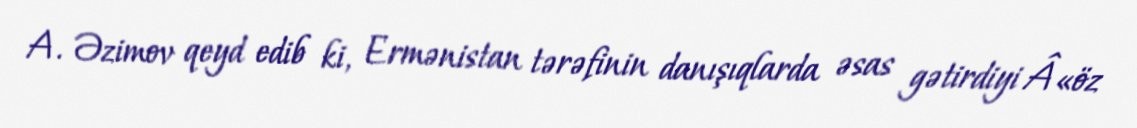
A. Əzimov qeyd edib ki, Ermənistan tərəfinin danışıqlarda əsas gətirdiyi Â«öz